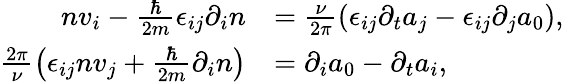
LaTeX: \begin{array}{rl}{nv_{i}-\frac{\hbar}{2m}\epsilon_{ij}\partial_{i}n}&{=\frac{\nu}{2\pi}\left(\epsilon_{ij}\partial_{t}a_{j}-\epsilon_{ij}\partial_{j}a_{0}\right),}\\ {\frac{2\pi}{\nu}\left(\epsilon_{ij}nv_{j}+\frac{\hbar}{2m}\partial_{i}n\right)}&{=\partial_{i}a_{0}-\partial_{t}a_{i},}\end{array}